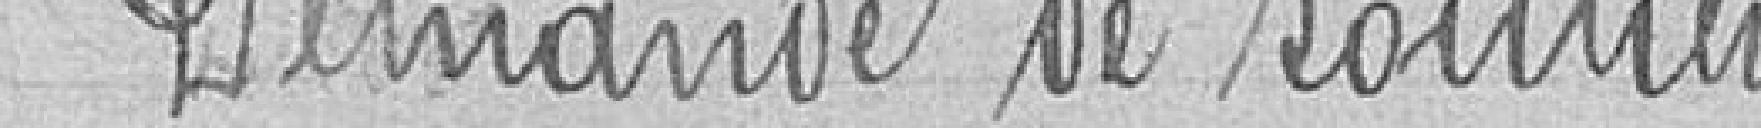
Demande de soutien